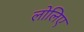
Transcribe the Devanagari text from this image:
लोलिए